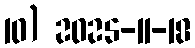
10) 2025-11-18